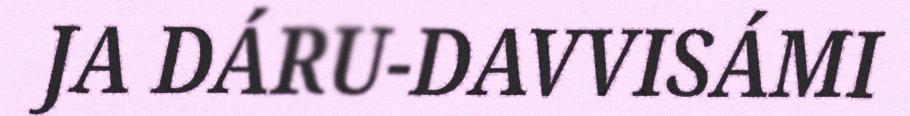
JA DÁRU-DAVVISÁMI